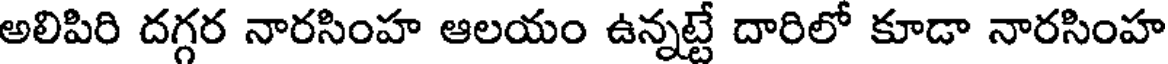
అలిపిరి దగ్గర నారసింహ ఆలయం ఉన్నట్టే దారిలో కూడా నారసింహ